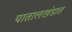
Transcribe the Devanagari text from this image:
पातालखंडात